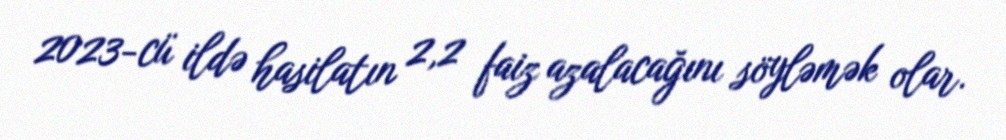
2023-cü ildə hasilatın 2,2 faiz azalacağını söyləmək olar.